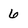
Character: 6